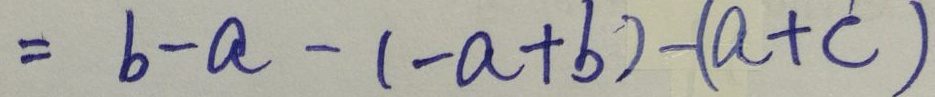
= b - a - ( - a + b ) - ( a + c )